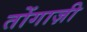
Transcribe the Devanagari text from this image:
तोंगाज़ी